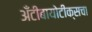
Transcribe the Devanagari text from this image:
अँटीबायोटीक्सचा